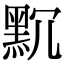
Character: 𪐨